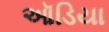
ઑડિયા